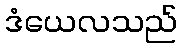
ဒံယေလသည်